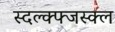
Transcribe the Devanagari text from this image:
स्दल्क्फ्जस्क्ल